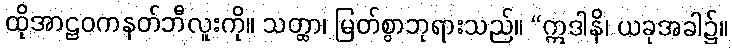
ထိုအာဠဝကနတ်ဘီလူးကို။ သတ္ထာ၊ မြတ်စွာဘုရားသည်။ “ဣဒါနိ၊ ယခုအခါ၌။